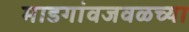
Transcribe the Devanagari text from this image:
माडगांवजवळच्या